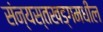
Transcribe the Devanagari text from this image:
संन्यस्तखड्गमधील